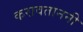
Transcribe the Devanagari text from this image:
करावताननी